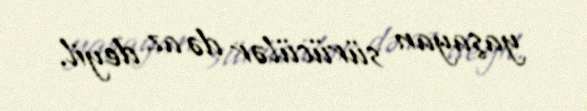
yaşayan sürücülər də az deyil.